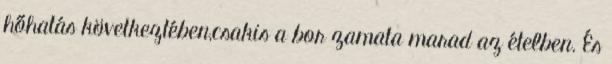
hőhatás következtében,csakis a bor zamata marad az ételben. És